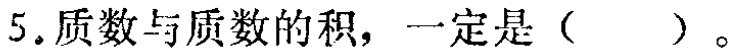
5.质数与质数的积，一定是（  ）。